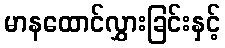
မာနထောင်လွှားခြင်းနှင့်